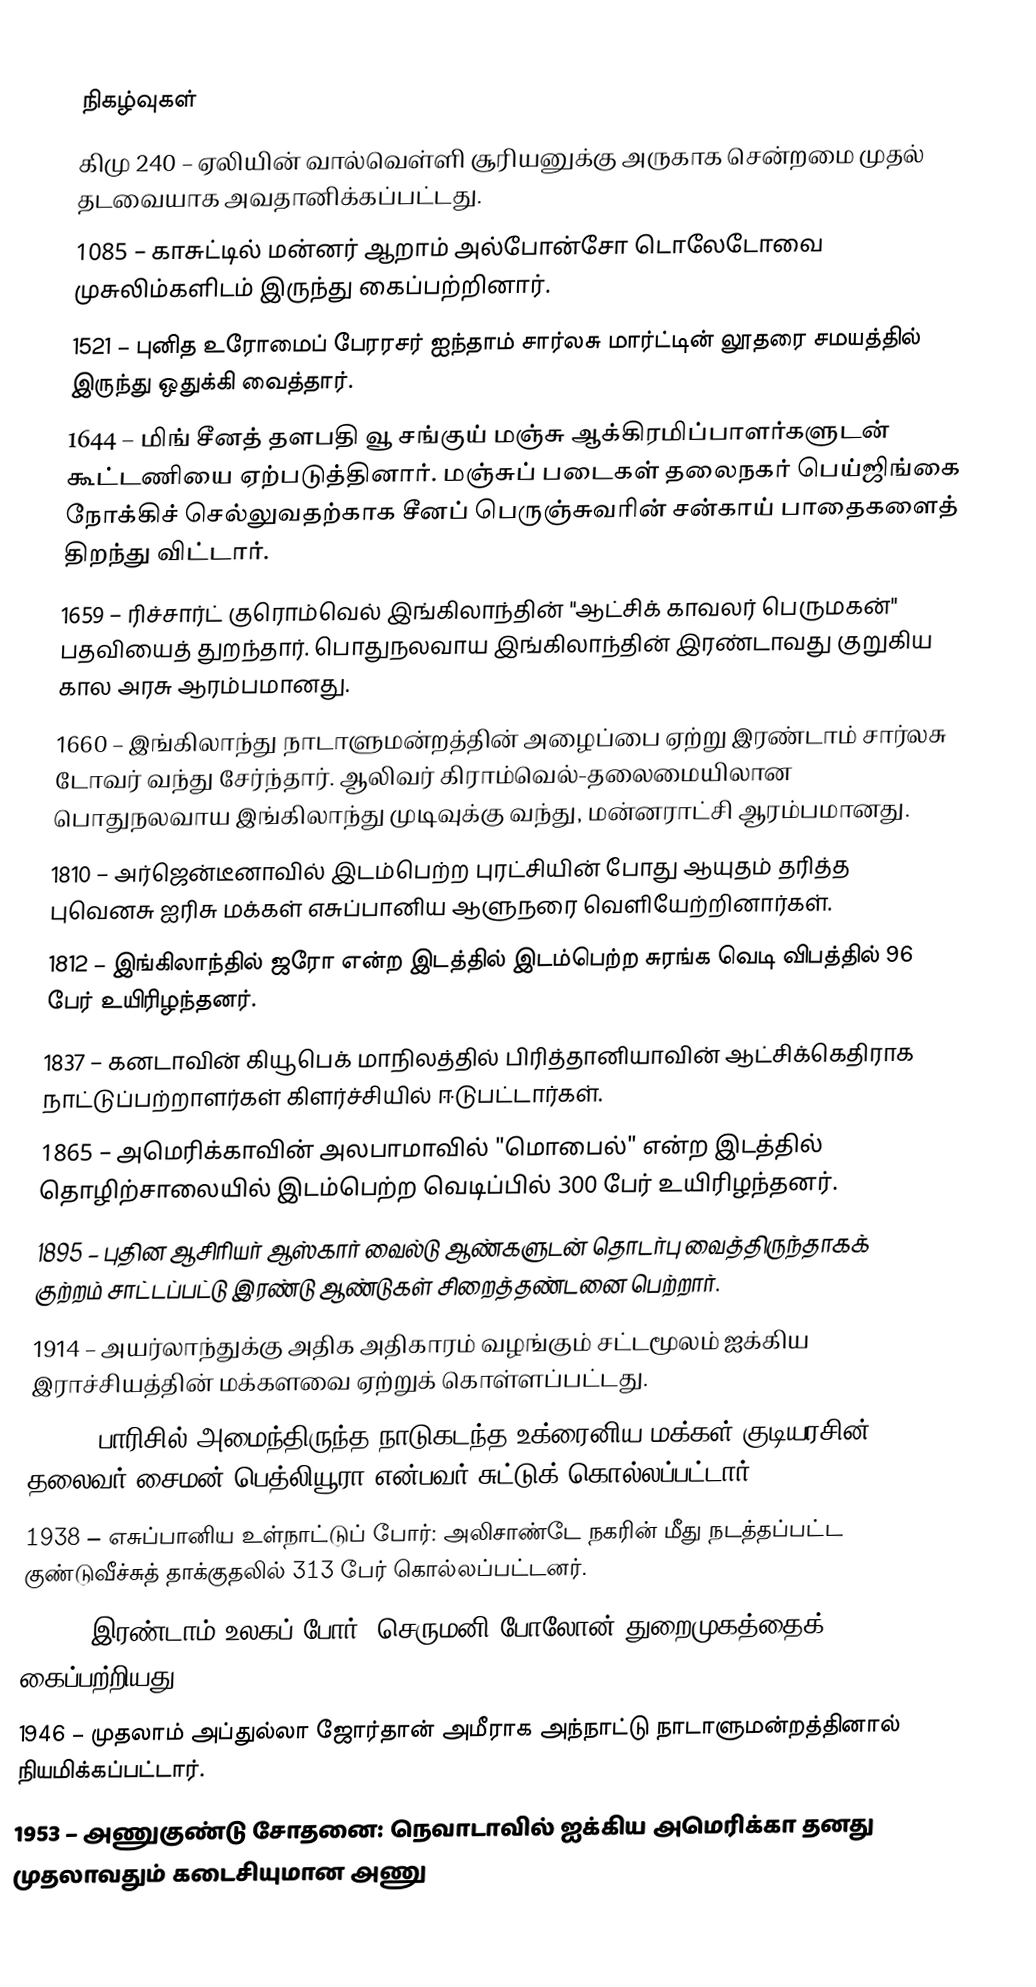

நிகழ்வுகள்
கிமு 240 – ஏலியின் வால்வெள்ளி சூரியனுக்கு அருகாக சென்றமை முதல் தடவையாக அவதானிக்கப்பட்டது.
1085 – காசுட்டில் மன்னர் ஆறாம் அல்போன்சோ டொலேடோவை முசுலிம்களிடம் இருந்து கைப்பற்றினார்.
1521 – புனித உரோமைப் பேரரசர் ஐந்தாம் சார்லசு மார்ட்டின் லூதரை சமயத்தில் இருந்து ஒதுக்கி வைத்தார்.
1644 – மிங் சீனத் தளபதி வூ சங்குய் மஞ்சு ஆக்கிரமிப்பாளர்களுடன் கூட்டணியை ஏற்படுத்தினார். மஞ்சுப் படைகள் தலைநகர் பெய்ஜிங்கை நோக்கிச் செல்லுவதற்காக சீனப் பெருஞ்சுவரின் சன்காய் பாதைகளைத் திறந்து விட்டார்.
1659 – ரிச்சார்ட் குரொம்வெல் இங்கிலாந்தின் "ஆட்சிக் காவலர் பெருமகன்" பதவியைத் துறந்தார். பொதுநலவாய இங்கிலாந்தின் இரண்டாவது குறுகிய கால அரசு ஆரம்பமானது.
1660 – இங்கிலாந்து நாடாளுமன்றத்தின் அழைப்பை ஏற்று இரண்டாம் சார்லசு டோவர் வந்து சேர்ந்தார். ஆலிவர் கிராம்வெல்-தலைமையிலான பொதுநலவாய இங்கிலாந்து முடிவுக்கு வந்து, மன்னராட்சி ஆரம்பமானது.
1810 – அர்ஜென்டீனாவில் இடம்பெற்ற புரட்சியின் போது ஆயுதம் தரித்த புவெனசு ஐரிசு மக்கள் எசுப்பானிய ஆளுநரை வெளியேற்றினார்கள்.
1812 – இங்கிலாந்தில் ஜரோ என்ற இடத்தில் இடம்பெற்ற சுரங்க வெடி விபத்தில் 96 பேர் உயிரிழந்தனர்.
1837 – கனடாவின் கியூபெக் மாநிலத்தில் பிரித்தானியாவின் ஆட்சிக்கெதிராக நாட்டுப்பற்றாளர்கள் கிளர்ச்சியில் ஈடுபட்டார்கள்.
1865 – அமெரிக்காவின் அலபாமாவில் "மொபைல்" என்ற இடத்தில் தொழிற்சாலையில் இடம்பெற்ற வெடிப்பில் 300 பேர் உயிரிழந்தனர்.
1895 – புதின ஆசிரியர் ஆஸ்கார் வைல்டு ஆண்களுடன் தொடர்பு வைத்திருந்தாகக் குற்றம் சாட்டப்பட்டு இரண்டு ஆண்டுகள் சிறைத்தண்டனை பெற்றார்.
1914 – அயர்லாந்துக்கு அதிக அதிகாரம் வழங்கும் சட்டமூலம் ஐக்கிய இராச்சியத்தின் மக்களவை ஏற்றுக் கொள்ளப்பட்டது.
1926 – பாரிசில் அமைந்திருந்த நாடுகடந்த உக்ரைனிய மக்கள் குடியரசின் தலைவர் சைமன் பெத்லியூரா என்பவர் சுட்டுக் கொல்லப்பட்டார்.
1938 – எசுப்பானிய உள்நாட்டுப் போர்: அலிசாண்டே நகரின் மீது நடத்தப்பட்ட குண்டுவீச்சுத் தாக்குதலில் 313 பேர் கொல்லப்பட்டனர்.
1940 – இரண்டாம் உலகப் போர்: செருமனி போலோன் துறைமுகத்தைக் கைப்பற்றியது.
1946 – முதலாம் அப்துல்லா ஜோர்தான் அமீராக அந்நாட்டு நாடாளுமன்றத்தினால் நியமிக்கப்பட்டார்.
1953 – அணுகுண்டு சோதனை: நெவாடாவில் ஐக்கிய அமெரிக்கா தனது முதலாவதும் கடைசியுமான அணு